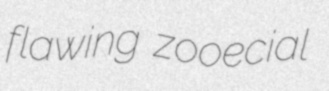
flawing zooecial